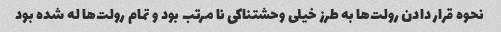
نحوه قرار دادن رولت‌ها به طرز خیلی وحشتناکی نا مرتب بود و تمام رولت‌ها له شده بود